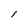
Character: l